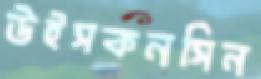
উইসকনসিন